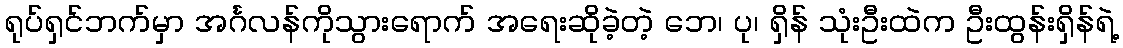
ရုပ်ရှင်ဘက်မှာ အင်္ဂလန်ကိုသွားရောက် အရေးဆိုခဲ့တဲ့ ဘေ၊ ပု၊ ရှိန် သုံးဦးထဲက ဦးထွန်းရှိန်ရဲ့